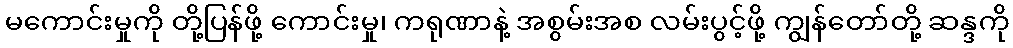
မကောင်းမှုကို တို့ပြန်ဖို့ ကောင်းမှု၊ ကရုဏာနဲ့ အစွမ်းအစ လမ်းပွင့်ဖို့ ကျွန်တော်တို့ ဆန္ဒကို